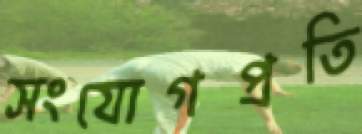
সংযোগপ্রতি